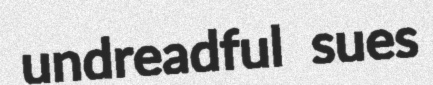
undreadful sues